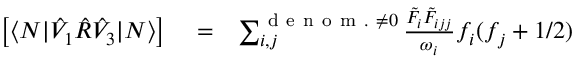
\begin{array} { r l r } { \left[ \langle N | \hat { V } _ { 1 } \hat { R } \hat { V } _ { 3 } | N \rangle \right] } & { { } = } & { \sum _ { i , j } ^ { \mathrm { ~ d ~ e ~ n ~ o ~ m ~ . ~ } \neq 0 } \frac { \tilde { F } _ { i } \tilde { F } _ { i j j } } { \omega _ { i } } f _ { i } ( f _ { j } + 1 / 2 ) } \end{array}